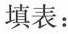
填表：